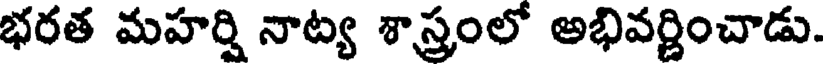
భరత మహర్షి నాట్య శాస్త్రంలో అభివర్ణించాడు.